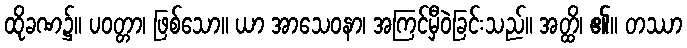
ထိုခဏ၌။ ပဝတ္တာ၊ ဖြစ်သော။ ယာ အာသေဝနာ၊ အကြင်မှီဝဲခြင်းသည်။ အတ္ထိ၊ ၏။ တဿာ